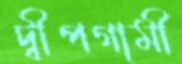
দ্বীপগামী